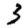
Digit: 3